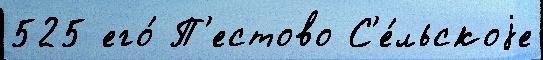
525 его́ П'естово С'е́льскоjе